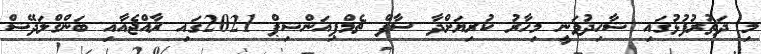
މި ދަތުރުފުޅުގައި ޝާހިދުވަނީ މިހާރު ކުރިޔަށްދާ ސާފް ޗެމްޕިއަންޝިޕް 2021ގައި ރާއްޖެއާއި ބަންގްލަދޭޝް